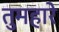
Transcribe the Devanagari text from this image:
तुमहारे